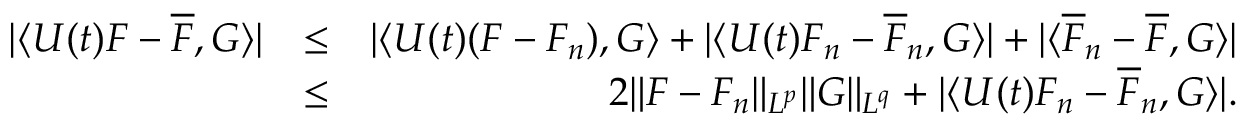
\begin{array} { r l r } { | \langle U ( t ) F - \overline { { F } } , G \rangle | } & { \leq } & { | \langle U ( t ) ( F - F _ { n } ) , G \rangle + | \langle U ( t ) F _ { n } - \overline { { F } } _ { n } , G \rangle | + | \langle \overline { { F } } _ { n } - \overline { { F } } , G \rangle | } \\ & { \leq } & { 2 \| F - F _ { n } \| _ { L ^ { p } } \| G \| _ { L ^ { q } } + | \langle U ( t ) F _ { n } - \overline { { F } } _ { n } , G \rangle | . } \end{array}